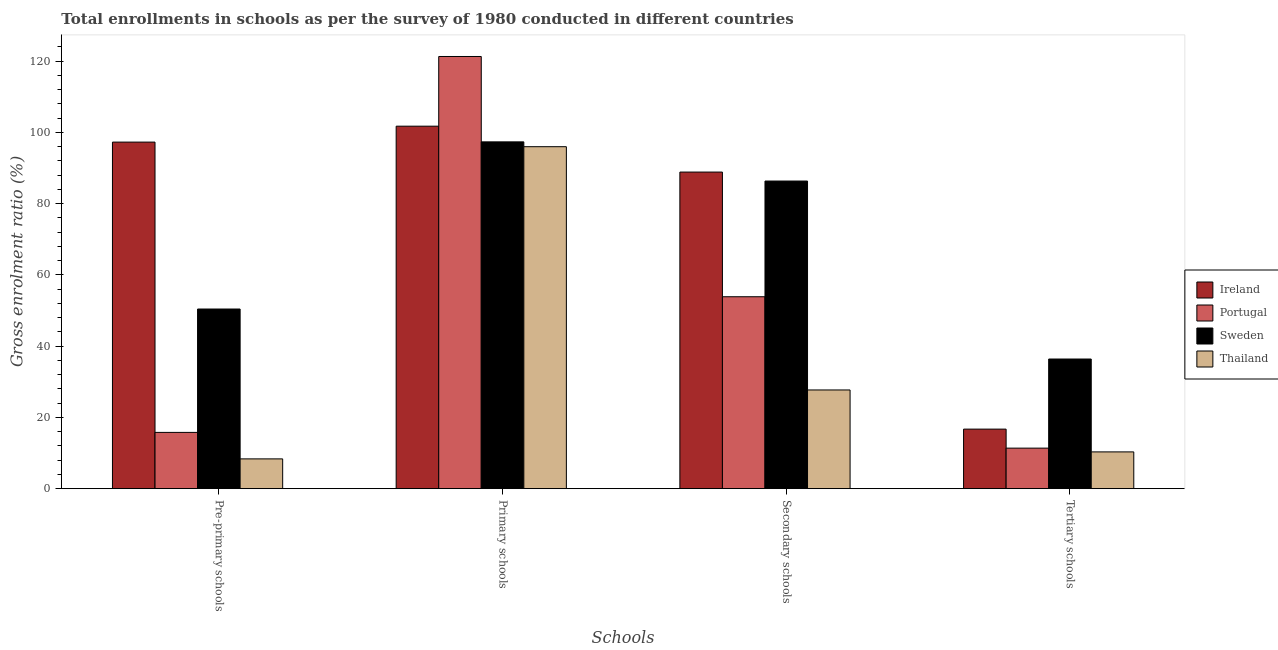
| Schools | Ireland | Portugal | Sweden | Thailand |
 | --- | --- | --- | --- | --- |
 | Pre-primary schools | 97.3 | 15.8 | 50.4 | 8.36 |
 | Primary schools | 102 | 121 | 97.3 | 96 |
 | Secondary schools | 88.8 | 53.9 | 86.3 | 27.7 |
 | Tertiary schools | 16.7 | 11.4 | 36.4 | 10.3 |